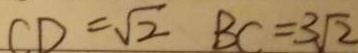
C D = \sqrt { 2 } B C = 3 \sqrt { 2 }